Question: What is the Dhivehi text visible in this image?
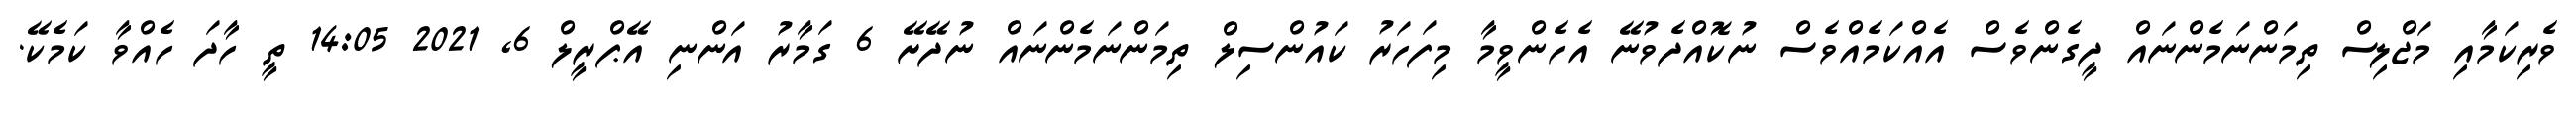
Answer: ވެރިކަމާއި މަޖްލިސް ތިމަންނަމެންނައް ދީގެންވެސް އެއްކަމެއްވެސް ނުކޮއްދެވުނޭ އެހެންވީމާ މިފަހަރު ކައުންސިލް ތިމަންނަމެންނައް ނުދޭށޭ 6 ގަމާރު އަންނި އޭޕްރީލް 6, 2021 14:05 ތީ ހާދަ ހެއްވާ ކަމެކޭ.